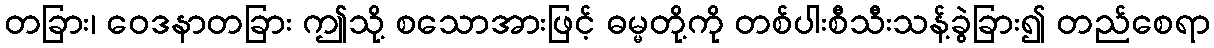
တခြား၊ ဝေဒနာတခြား ဤသို့ စသောအားဖြင့် ဓမ္မတို့ကို တစ်ပါးစီသီးသန့်ခွဲခြား၍ တည်စေရာ